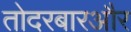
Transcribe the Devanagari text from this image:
तोदरबारऔर